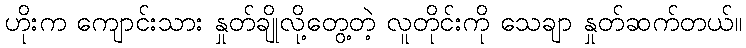
ဟိုးက ကျောင်းသား နှုတ်ချိုလို့တွေ့တဲ့ လူတိုင်းကို သေချာ နှုတ်ဆက်တယ်။